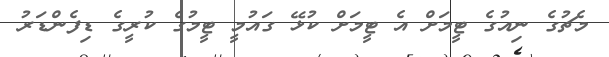
މެޗުގެ ނިއުގެ ޓީމަށް އެ ޓީމަށް ކުޅޭ ގައުމީ ޓީމުގެ ކުރީގެ ޑިފެންޑަރު